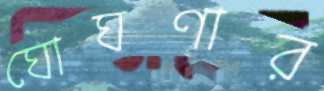
ঘোঘণার